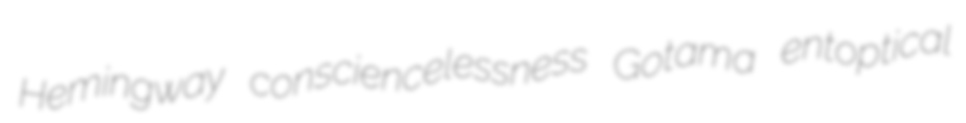
Hemingway consciencelessness Gotama entoptical